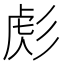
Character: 𢒜